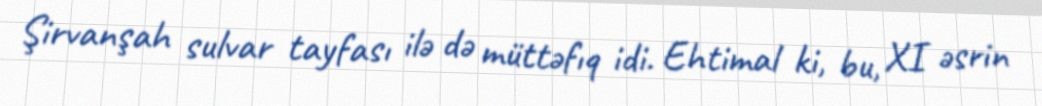
Şirvanşah sulvar tayfası ilə də müttəfıq idi. Ehtimal ki, bu, XI əsrin